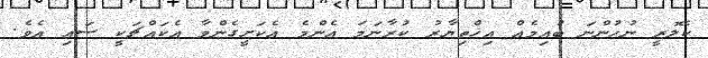
ކެލޮރީ ނުހުންނަ ބުއިމެއް އިޚްތިޔާރު ކުރާނަމަ އެންމެ އެކަށީގެންވާ އެކައްޗަކީ ސައި އެވެ.